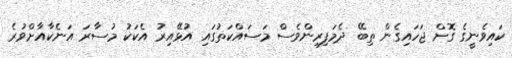
ކައިވެނީގެ ގޮށް ޖަހައިގެން ތިބޭ ދެމަފިރިންވެސް މަސައްކަތުގައި އުޅޭއިރު އެކަކު މުސާރަ އަނެކާއާށްވުރެ